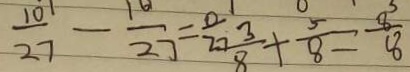
\frac { 1 0 } { 2 7 } - \frac { 1 0 } { 2 7 } = \frac { 0 } { 2 7 } \frac { 3 } { 8 } + \frac { 5 } { 8 } = \frac { 8 } { 8 }